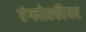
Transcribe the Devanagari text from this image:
एंग्लोस्फीयर